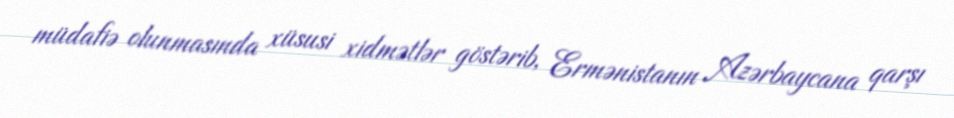
müdafiə olunmasında xüsusi xidmətlər göstərib, Ermənistanın Azərbaycana qarşı